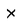
Character: x